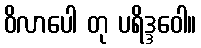
ဝိလာပေါ တု ပရိဒ္ဒဝေါ။